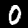
Label: 0